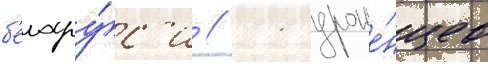
б'елару́с'и // 11 уроже́нцев